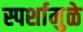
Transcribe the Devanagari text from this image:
स्पर्शामुळे